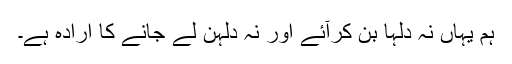
ہم یہاں نہ دلہا بن کرآئے اور نہ دلہن لے جانے کا ارادہ ہے۔